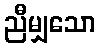
ညီမျှသော